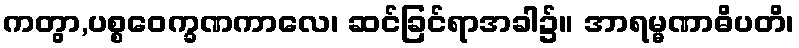
ကတွာ,ပစ္စဝေက္ခဏကာလေ၊ ဆင်ခြင်ရာအခါ၌။ အာရမ္မဏာဓိပတိ၊